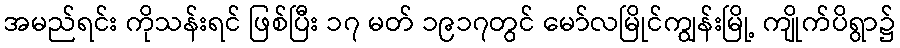
အမည်ရင်း ကိုသန်းရင် ဖြစ်ပြီး ၁၇ မတ် ၁၉၁၇တွင် မော်လမြိုင်ကျွန်းမြို့ ကျိုက်ပိရွာ၌